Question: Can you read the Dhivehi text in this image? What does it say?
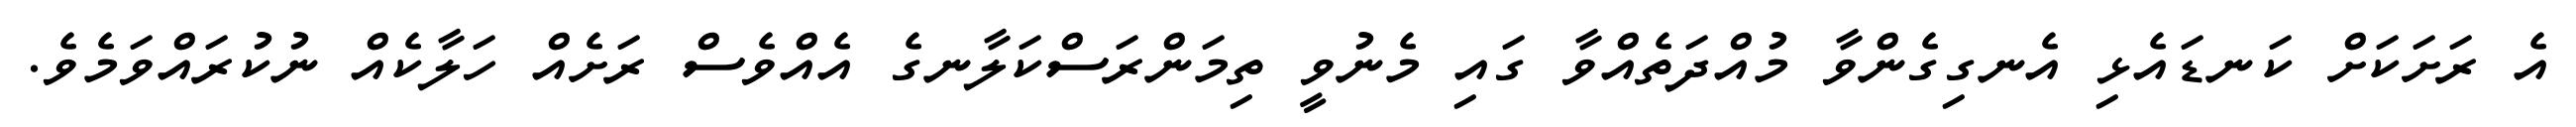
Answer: އެ ރަށަކަށް ކަނޑައެޅި އެނގިގެންވާ މުއްދަތެއްވާ ގައި މެނުވީ ތިމަންރަސްކަލާނގެ އެއްވެސް ރަށެއް ހަލާކެއް ނުކުރައްވަމެވެ.